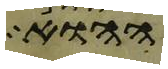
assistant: ההוא